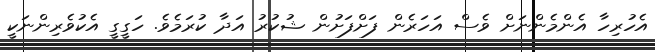
އެހުރިހާ އެންމެންނަށް ވެސް އަހަރެން ފަށްފަށުން ޝުކުރު އަދާ ކުރަމެވެ. ހަގީގީ އެކުވެރިންނަކީ